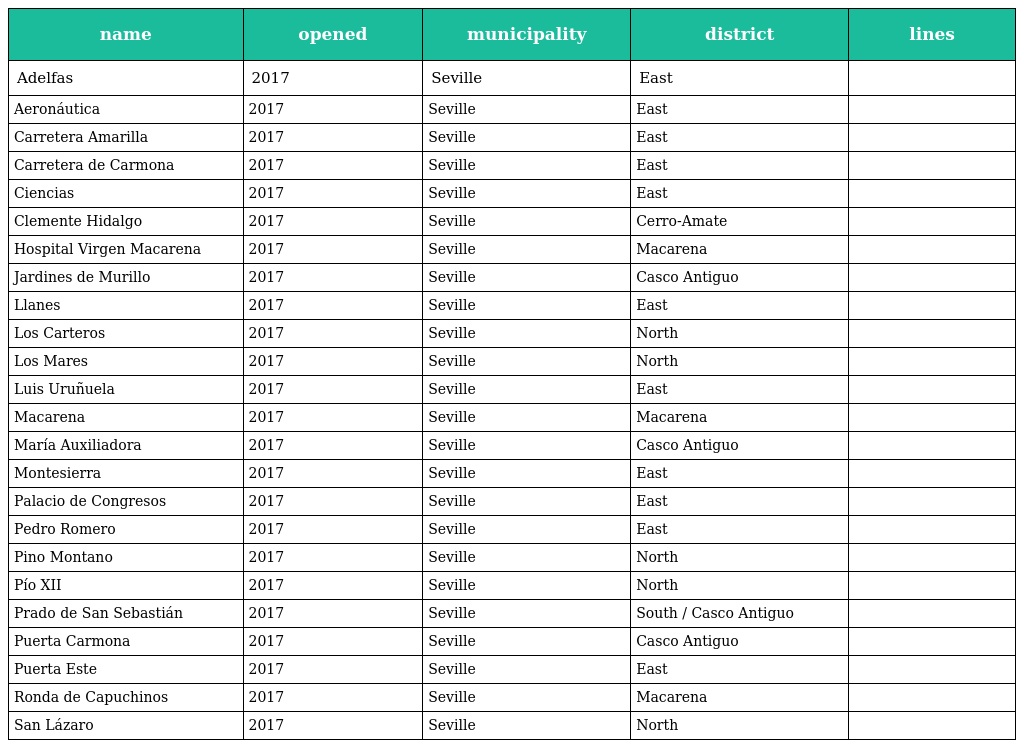
| name | opened | municipality | district | lines |
 | --- | --- | --- | --- | --- |
 | Adelfas | 2017 | Seville | East |  |
 | Aeronáutica | 2017 | Seville | East |  |
 | Carretera Amarilla | 2017 | Seville | East |  |
 | Carretera de Carmona | 2017 | Seville | East |  |
 | Ciencias | 2017 | Seville | East |  |
 | Clemente Hidalgo | 2017 | Seville | Cerro-Amate |  |
 | Hospital Virgen Macarena | 2017 | Seville | Macarena |  |
 | Jardines de Murillo | 2017 | Seville | Casco Antiguo |  |
 | Llanes | 2017 | Seville | East |  |
 | Los Carteros | 2017 | Seville | North |  |
 | Los Mares | 2017 | Seville | North |  |
 | Luis Uruñuela | 2017 | Seville | East |  |
 | Macarena | 2017 | Seville | Macarena |  |
 | María Auxiliadora | 2017 | Seville | Casco Antiguo |  |
 | Montesierra | 2017 | Seville | East |  |
 | Palacio de Congresos | 2017 | Seville | East |  |
 | Pedro Romero | 2017 | Seville | East |  |
 | Pino Montano | 2017 | Seville | North |  |
 | Pío XII | 2017 | Seville | North |  |
 | Prado de San Sebastián | 2017 | Seville | South / Casco Antiguo |  |
 | Puerta Carmona | 2017 | Seville | Casco Antiguo |  |
 | Puerta Este | 2017 | Seville | East |  |
 | Ronda de Capuchinos | 2017 | Seville | Macarena |  |
 | San Lázaro | 2017 | Seville | North |  |